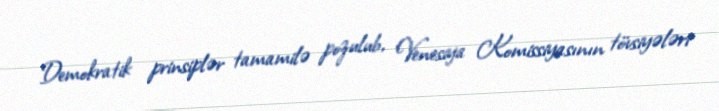
Demokratik prinsiplər tamamilə pozulub, Venesiya Komissiyasının tövsiyələri